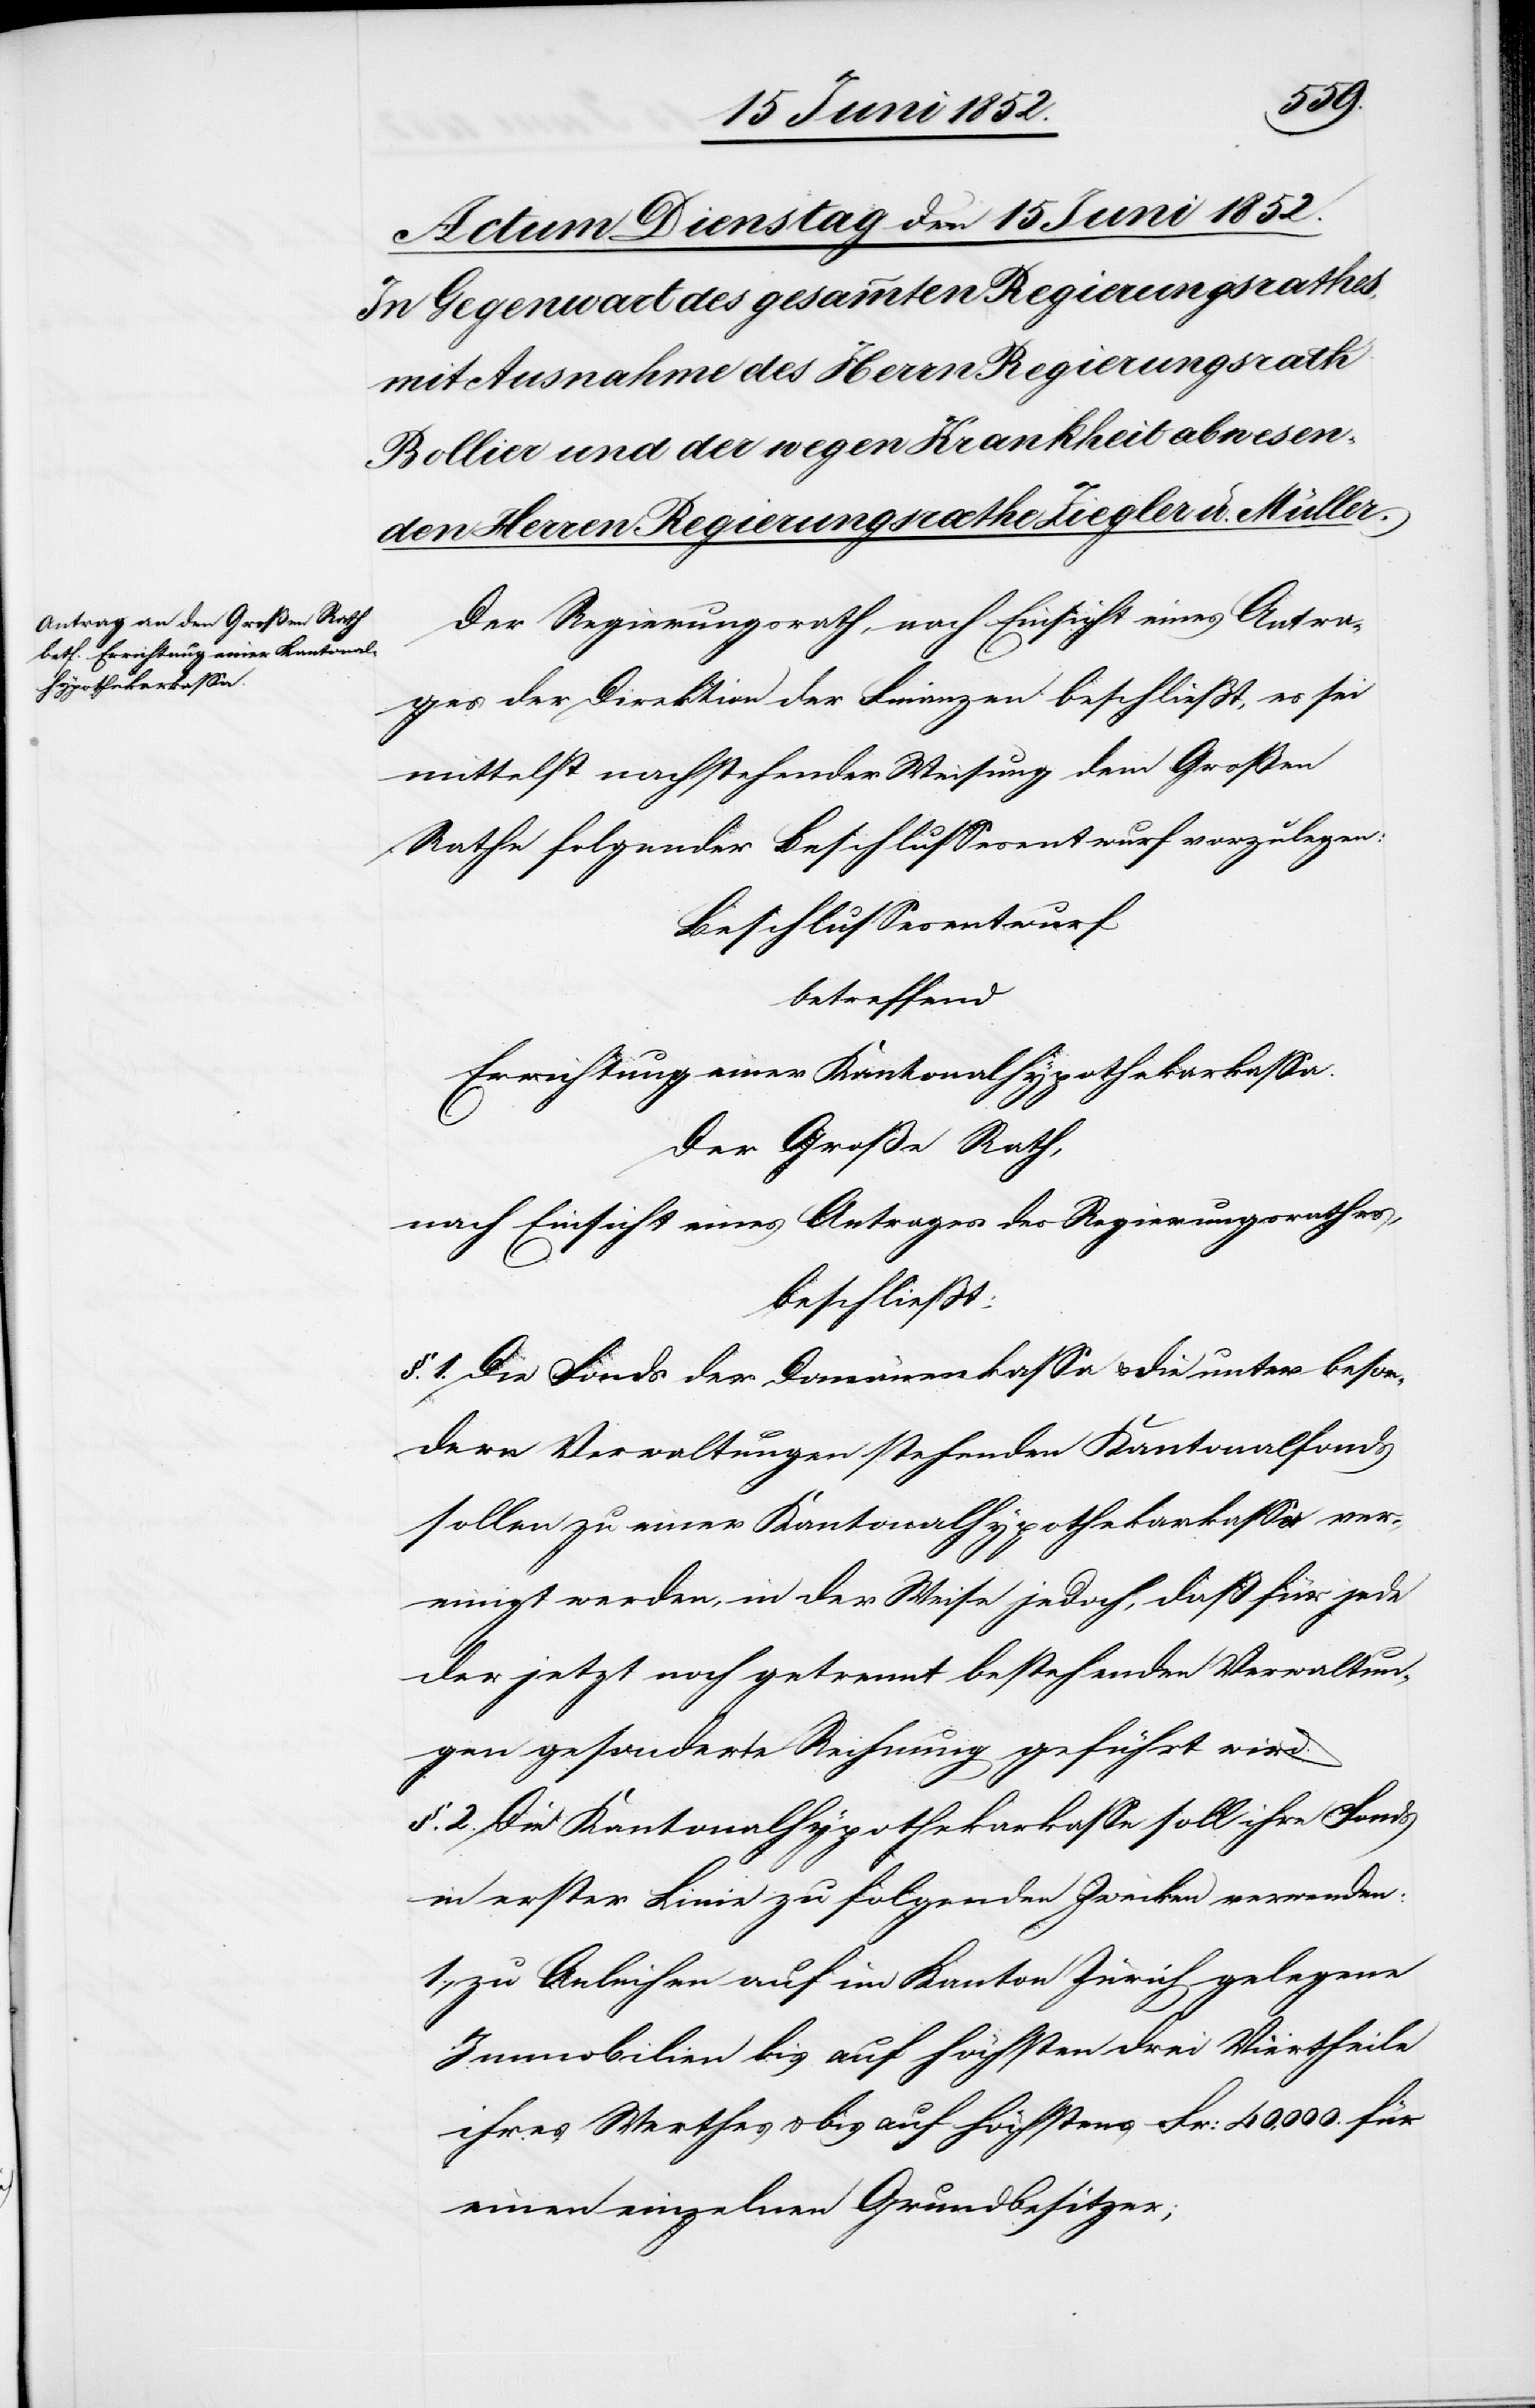
Der Regierungsrath, nach Einsicht eines Antra¬
ges der Direktion der Finanzen beschliesst, es sei
mittelst nachstehender Weisung dem Großen
Rathe folgender Beschlussesentwurf vorzulegen:
Beschlussesentwurf
betreffend
Errichtung einer Kantonalhypothekarkassa.
Der Große Rath,
nach Einsicht eines Antrages des Regierungsrathes,
beschliesst:
§. 1. Die Fonds der Domänenkassa & die unter beson¬
dern Verwaltungen stehenden Kantonalfonds
sollen zu einer Kantonalhypothekarkassa ver¬
einigt werden, in der Weise jedoch, daß für jede
der jetzt noch getrennt bestehenden Verwaltun¬
gen gesonderte Rechnung geführt wird.
§. 2. Die Kantonalhypothekarkasse soll ihre Fonds
in erster Linie zu folgenden Zwecken verwenden:
1., zu Anleihen auf im Kanton Zürich gelegene
Immobilien bis auf höchsten[s] drei Viertheile
ihres Werthes & bis auf höchstens Fr: 40,000. für
einen einzelnen Grundbesitzer;